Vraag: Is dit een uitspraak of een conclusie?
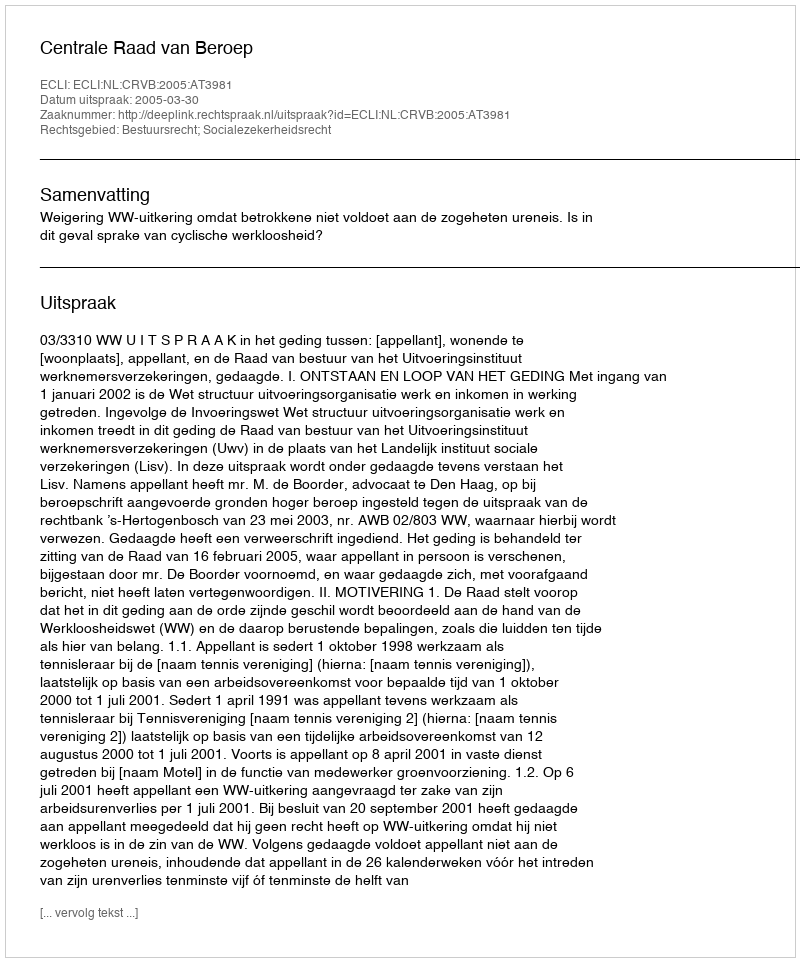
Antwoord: Uitspraak